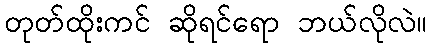
တုတ်ထိုးကင် ဆိုရင်ရော ဘယ်လိုလဲ။